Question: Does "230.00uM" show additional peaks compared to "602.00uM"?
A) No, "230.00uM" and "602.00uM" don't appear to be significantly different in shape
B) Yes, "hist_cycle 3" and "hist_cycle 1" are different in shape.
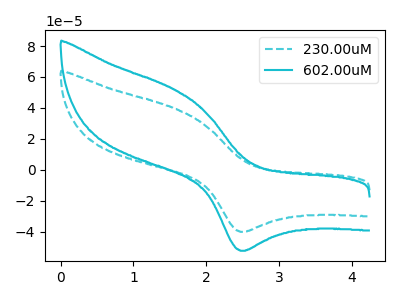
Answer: <think>The cyan dashed curve "230.00uM" has an anodic peak at (1.55V, 39.65uA) and a cathodic peak at (2.45V, -40.15uA). The cyan curve "602.00uM" has an anodic peak at (1.55V, 51.75uA) and a cathodic peak at (2.45V, -52.40uA).
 All the peaks in "230.00uM" have a peak in "602.00uM" at the same potential. Every peak in "230.00uM" is lower than every peak in "602.00uM".</think>
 <answer>A) No, "230.00uM" and "602.00uM" don't appear to be significantly different in shape</answer>
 <eval>A</eval>